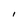
Character: I